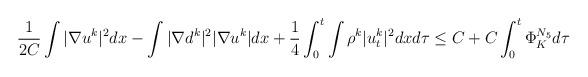
LaTeX: \begin{align*}\begin{aligned}\frac{1}{2C}\int |\nabla u^k|^2 dx-\int |\nabla d^k|^2 |\nabla u^k|dx+\frac{1}{4}\int_0^t\int \rho^k |u_t^k|^2dxd\tau\le C+C\int_0^t \Phi^{N_{5}}_K d\tau\end{aligned}\end{align*}